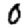
Digit: 0